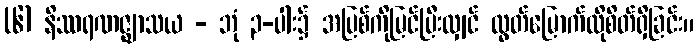
(၆) နိဿရဏဇ္ဈာသယ - ဘုံ ၃-ပါး၌ အပြစ်ကိုမြင်ပြီးလျှင် လွတ်မြောက်လိုစိတ်ရှိခြင်း။